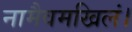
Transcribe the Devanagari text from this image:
नामैवमखिलं।